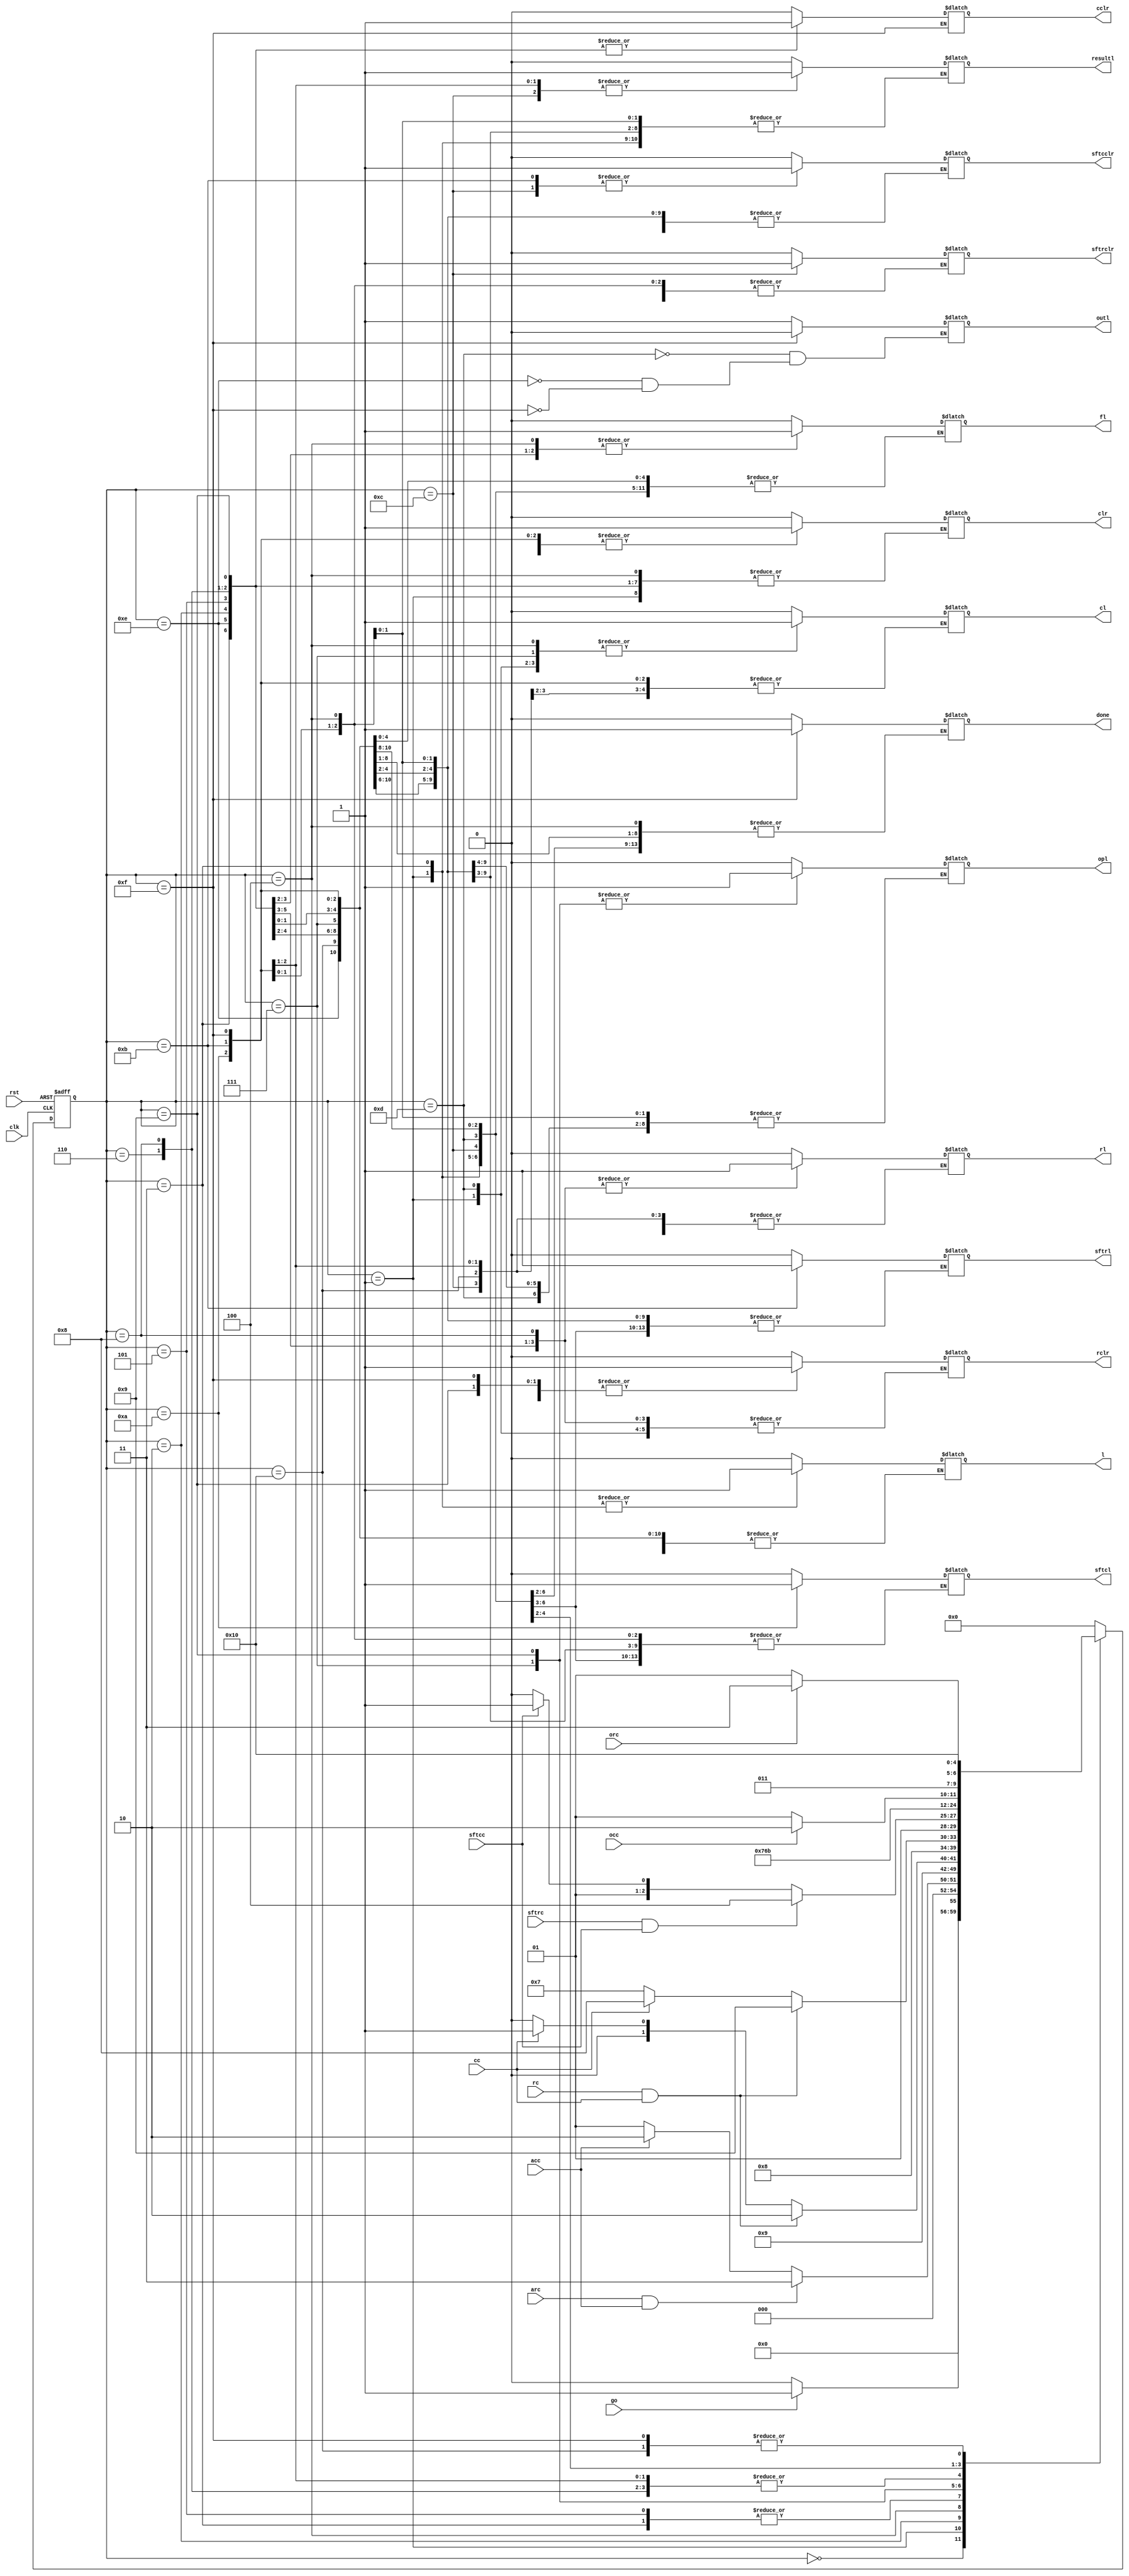
module npcnncontroller (output reg done,clr,rclr,cclr,sftrclr,sftcclr,opl,resultl,outl,rl,cl,sftrl,sftcl,l,fl,
						input go,cc,rc,sftrc,sftcc,arc,acc,orc,occ,clk,rst);

reg [4:0]ps,ns;

parameter s0=5'b00000,s1=5'b00001,s2=5'b00010,s3=5'b00011,s4=5'b00100,s5=5'b00101,s6=5'b00110,s7=5'b00111,s8=5'b01000,s9=5'b01001,
			s10=5'b01010,s11=5'b01011,s12=5'b01100,s13=5'b01101,s14=5'b01110,s15=5'b01111,s16=5'b10000,s17=5'b10001,s18=5'b10010,
			s19=5'b10011,s20=5'b10100,s21=5'b10101,s22=5'b10110,s23=5'b10111,s24=5'b11000;

always @(posedge clk or posedge rst)
	begin
	if (rst==1'b1) ps<=s0;
	else
	ps<=ns;
	end
	
	always @(occ or orc or sftrc or sftcc or acc or arc or cc or rc or go or ps)
	begin
	case (ps)
		s0 :if (go) ns=s1; else ns=s0;
		s1 :if (arc&&acc) ns=s3; else if (acc) ns=s2; else ns=s1;
		s2 :ns=s1;
		s3 :ns=s4;
		s4 :if (rc&&cc) ns=s6; else if (cc) ns=s5; else ns=s4;
		s5 :ns=s4;
		s6 :ns=s7;
		s7 :if (rc&&cc) ns=s9; else if (cc) ns=s8; else ns=s7;
		s8 :ns=s7;
		s9 :if ((sftrc==1'b1)&&(sftcc==1'b1)) ns=s12; else if (sftcc) ns=s11; else ns=s10;
		s10:ns=s7;
		s11:ns=s7;
		s12:ns=s13;
		s13:if (occ) ns=s14; else ns=s13;
        s14:if (orc) ns=s15; else ns=s13;
        s15:ns=s16;
        s16:ns=s16;
		default : ns=s0;
	endcase
	end
always @(ps)
	begin
	case (ps)
		s0: begin done=1'b0;clr=1'b0;rclr=1'b0;cclr=1'b0;sftrclr=1'b0;sftcclr=1'b0;opl=1'b0;resultl=1'b0;
					rl=1'b0;cl=1'b0;sftrl=1'b0;sftcl=1'b0;l=1'b0;fl=1'b0; end
		s1: begin l=1'b1;cl=1'b1;rl=1'b0;cclr=1'b0; end
		s2: begin rl=1'b1;cclr=1'b1;cl=1'b0; end
		s3: begin rclr=1'b1;l=1'b1;cclr=1'b1;cl=1'b0; end
		s4: begin fl=1'b1;cl=1'b1;rl=1'b0;cclr=1'b0;rclr=1'b0;l=1'b0; end
		s5: begin rl=1'b1;cclr=1'b1;cl=1'b0;fl=1'b1; end
		s6:begin rclr=1'b1;rl=1'b0;fl=1'b1;cl=1'b0;cclr=1'b1; end
		s7:begin fl=1'b0;rclr=1'b0;cclr=1'b0;clr=1'b0;sftcl=1'b0;sftrl=1'b0;sftcclr=1'b0;opl=1'b1;cl=1'b1;rl=1'b0;resultl=1'b0; end
		s8:begin rl=1'b1;cclr=1'b1;cl=1'b0; end
		s9:begin rclr=1'b1;cclr=1'b1;cl=1'b0;rl=1'b0;opl=1'b1; end
		s10:begin cclr=1'b0;rclr=1'b0;resultl=1'b1;opl=1'b0;clr=1'b1;sftcl=1'b1; end
		s11:begin cclr=1'b0;rclr=1'b0;resultl=1'b1;opl=1'b0;clr=1'b1;sftrl=1'b1;sftcclr=1'b1; end
		s12:begin sftrclr=1'b1;sftcclr=1'b1;resultl=1'b1;clr=1'b1;cclr=1'b0;rclr=1'b0;opl=1'b0; end
        s13:begin sftrclr=1'b0;sftcclr=1'b0;resultl=1'b0;outl=1'b1;cl=1'b1;rl=1'b0;cclr=1'b0;clr=1'b0; end
        s14:begin rl=1'b1;cclr=1'b1;cl=1'b0;outl=1'b1; end
        s15:begin rclr=1'b1;rl=1'b0;done=1'b1;outl=1'b0;clr=1'b1; end
        s16:begin rclr=1'b0;cclr=1'b0;done=1'b0;clr=1'b0; end
        default: begin done=1'b0;clr=1'b0;rclr=1'b0;cclr=1'b0;sftrclr=1'b0;sftcclr=1'b0;opl=1'b0;resultl=1'b0;
					rl=1'b0;cl=1'b0;sftrl=1'b0;sftcl=1'b0;l=1'b0;fl=1'b0; end
	endcase
	end

endmodule